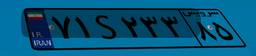
۲۸S۸۹۳۸۱